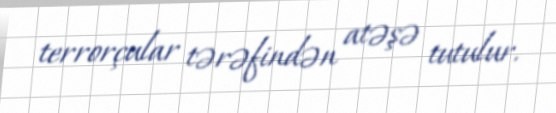
terrorçular tərəfindən atəşə tutulur.